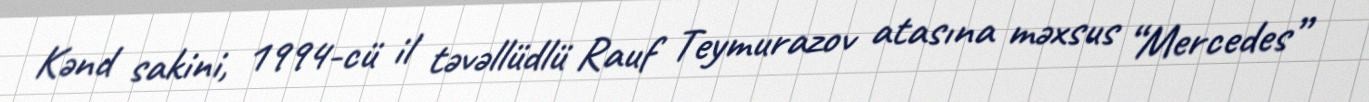
Kənd sakini, 1994-cü il təvəllüdlü Rauf Teymurazov atasına məxsus “Mercedes”